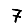
Digit: 7